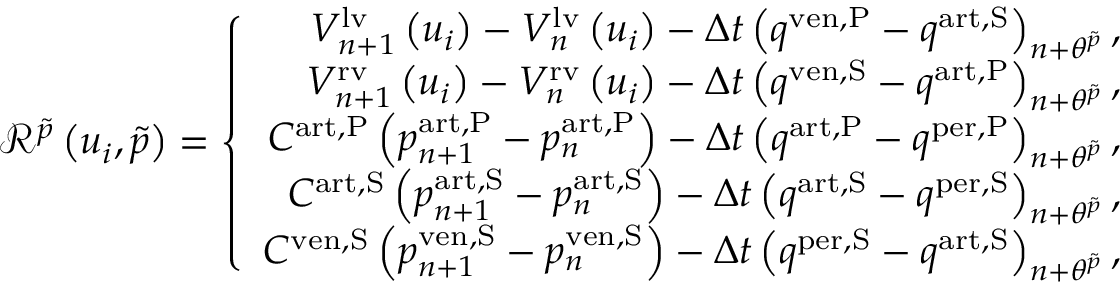
\begin{array} { r } { \mathscr { R } ^ { \tilde { p } } \left( u _ { i } , \tilde { p } \right) = \left\{ \begin{array} { r l } { V _ { n + 1 } ^ { \mathrm { l v } } \left( u _ { i } \right) - V _ { n } ^ { \mathrm { l v } } \left( u _ { i } \right) - \Delta t \left( q ^ { \mathrm { v e n , P } } - q ^ { \mathrm { a r t , S } } \right) _ { n + \theta ^ { \tilde { p } } } , } & { { } } \\ { V _ { n + 1 } ^ { \mathrm { r v } } \left( u _ { i } \right) - V _ { n } ^ { \mathrm { r v } } \left( u _ { i } \right) - \Delta t \left( q ^ { \mathrm { v e n , S } } - q ^ { \mathrm { a r t , P } } \right) _ { n + \theta ^ { \tilde { p } } } , } & { { } } \\ { C ^ { \mathrm { a r t , P } } \left( p _ { n + 1 } ^ { \mathrm { a r t , P } } - p _ { n } ^ { \mathrm { a r t , P } } \right) - \Delta t \left( q ^ { \mathrm { a r t , P } } - q ^ { \mathrm { p e r , P } } \right) _ { n + \theta ^ { \tilde { p } } } , } & { { } } \\ { C ^ { \mathrm { a r t , S } } \left( p _ { n + 1 } ^ { \mathrm { a r t , S } } - p _ { n } ^ { \mathrm { a r t , S } } \right) - \Delta t \left( q ^ { \mathrm { a r t , S } } - q ^ { \mathrm { p e r , S } } \right) _ { n + \theta ^ { \tilde { p } } } , } & { { } } \\ { C ^ { \mathrm { v e n , S } } \left( p _ { n + 1 } ^ { \mathrm { v e n , S } } - p _ { n } ^ { \mathrm { v e n , S } } \right) - \Delta t \left( q ^ { \mathrm { p e r , S } } - q ^ { \mathrm { a r t , S } } \right) _ { n + \theta ^ { \tilde { p } } } , } & { { } } \end{array} \right. } \end{array}